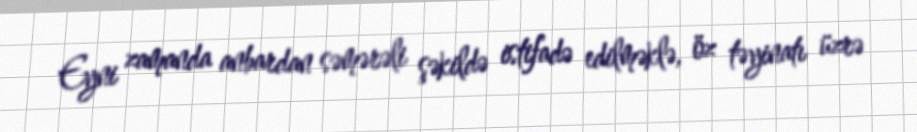
Eyni zamanda anbardan səmərəli şəkildə istifadə edilməklə, öz təyinatı üzrə